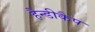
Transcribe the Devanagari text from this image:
हैन्डीकैप